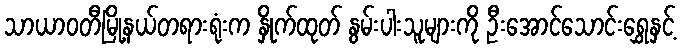
သာယာဝတီမြို့နယ်တရားရုံးက နှိုက်ထုတ် နွမ်းပါးသူများကို ဦးအောင်သောင်းရွှေနှင့်